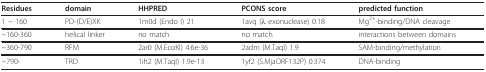
<table><thead><tr><td><b>Residues</b></td><td><b>domain</b></td><td><b>HHPRED</b></td><td><b>PCONS score</b></td><td><b>predicted function</b></td></tr></thead><tbody><tr><td>1 ~ 160</td><td>PD-(D/E)XK</td><td>1m0d (Endo I) 21</td><td>1avq (λ exonuclease) 0.18</td><td>Mg<sup>2+</sup>-binding/DNA cleavage</td></tr><tr><td>~160-360</td><td>helical linker</td><td>no match</td><td>no match</td><td>interactions between domains</td></tr><tr><td>~360-790</td><td>RFM</td><td>2ar0 (M.EcoKI) 4.6e-36</td><td>2adm (M.TaqI) 1.9</td><td>SAM-binding/methylation</td></tr><tr><td>~790-</td><td>TRD</td><td>1ih2 (M.TaqI) 1.9e-13</td><td>1yf2 (S.MjaORF132P) 0.374</td><td>DNA-binding</td></tr></tbody></table>